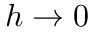
h \to 0